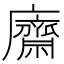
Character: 𢋿